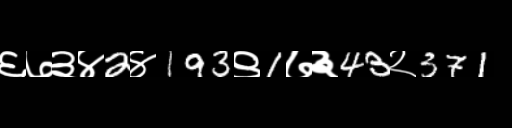
Text: ६७३४2४193९1७३43२371